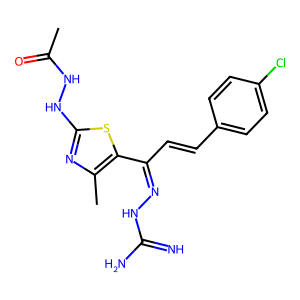
SMILES: CC(=O)NNc1nc(C)c(C(C=Cc2ccc(Cl)cc2)=NNC(=N)N)s1
Inhibits HIV replication: No